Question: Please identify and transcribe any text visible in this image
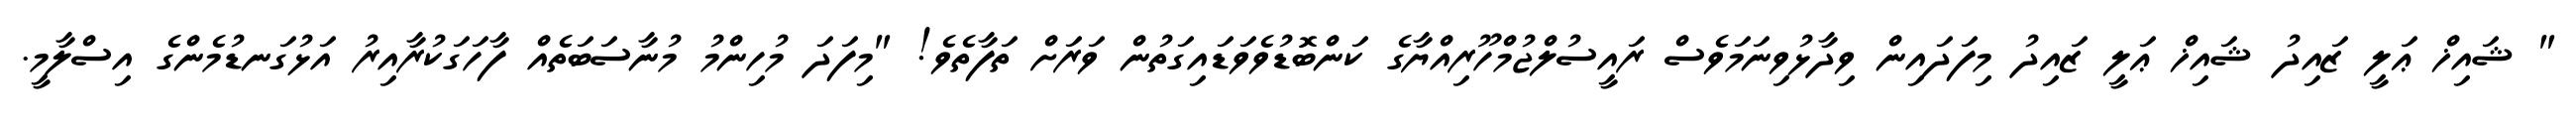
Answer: " ޝައިޚް ޢަލީ ޒައިދު ޝައިޚް ޢަލީ ޒައިދު މިފަދައިން ވިދާޅުވިނަމަވެސް ރައީސުލްޖުމްހޫރިއްޔާގެ ކަންބޮޑުވެވަޑައިގަތުން ވަރަށް ތަފާތެވެ! "މިފަދަ މުހިންމު މުނާސަބަތެއް ފާހަގަކުރާއިރު އަޅުގަނޑުމެންގެ އިސްލާމީ.